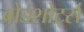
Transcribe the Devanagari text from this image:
ब्रोडशोर्ट्स